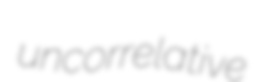
uncorrelative